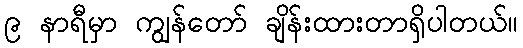
၉ နာရီမှာ ကျွန်တော် ချိန်းထားတာရှိပါတယ်။